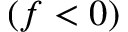
( f < 0 )